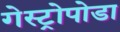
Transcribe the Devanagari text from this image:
गेस्ट्रोपोडा